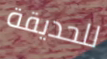
للحديقة